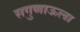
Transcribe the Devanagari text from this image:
सगुणाऊला